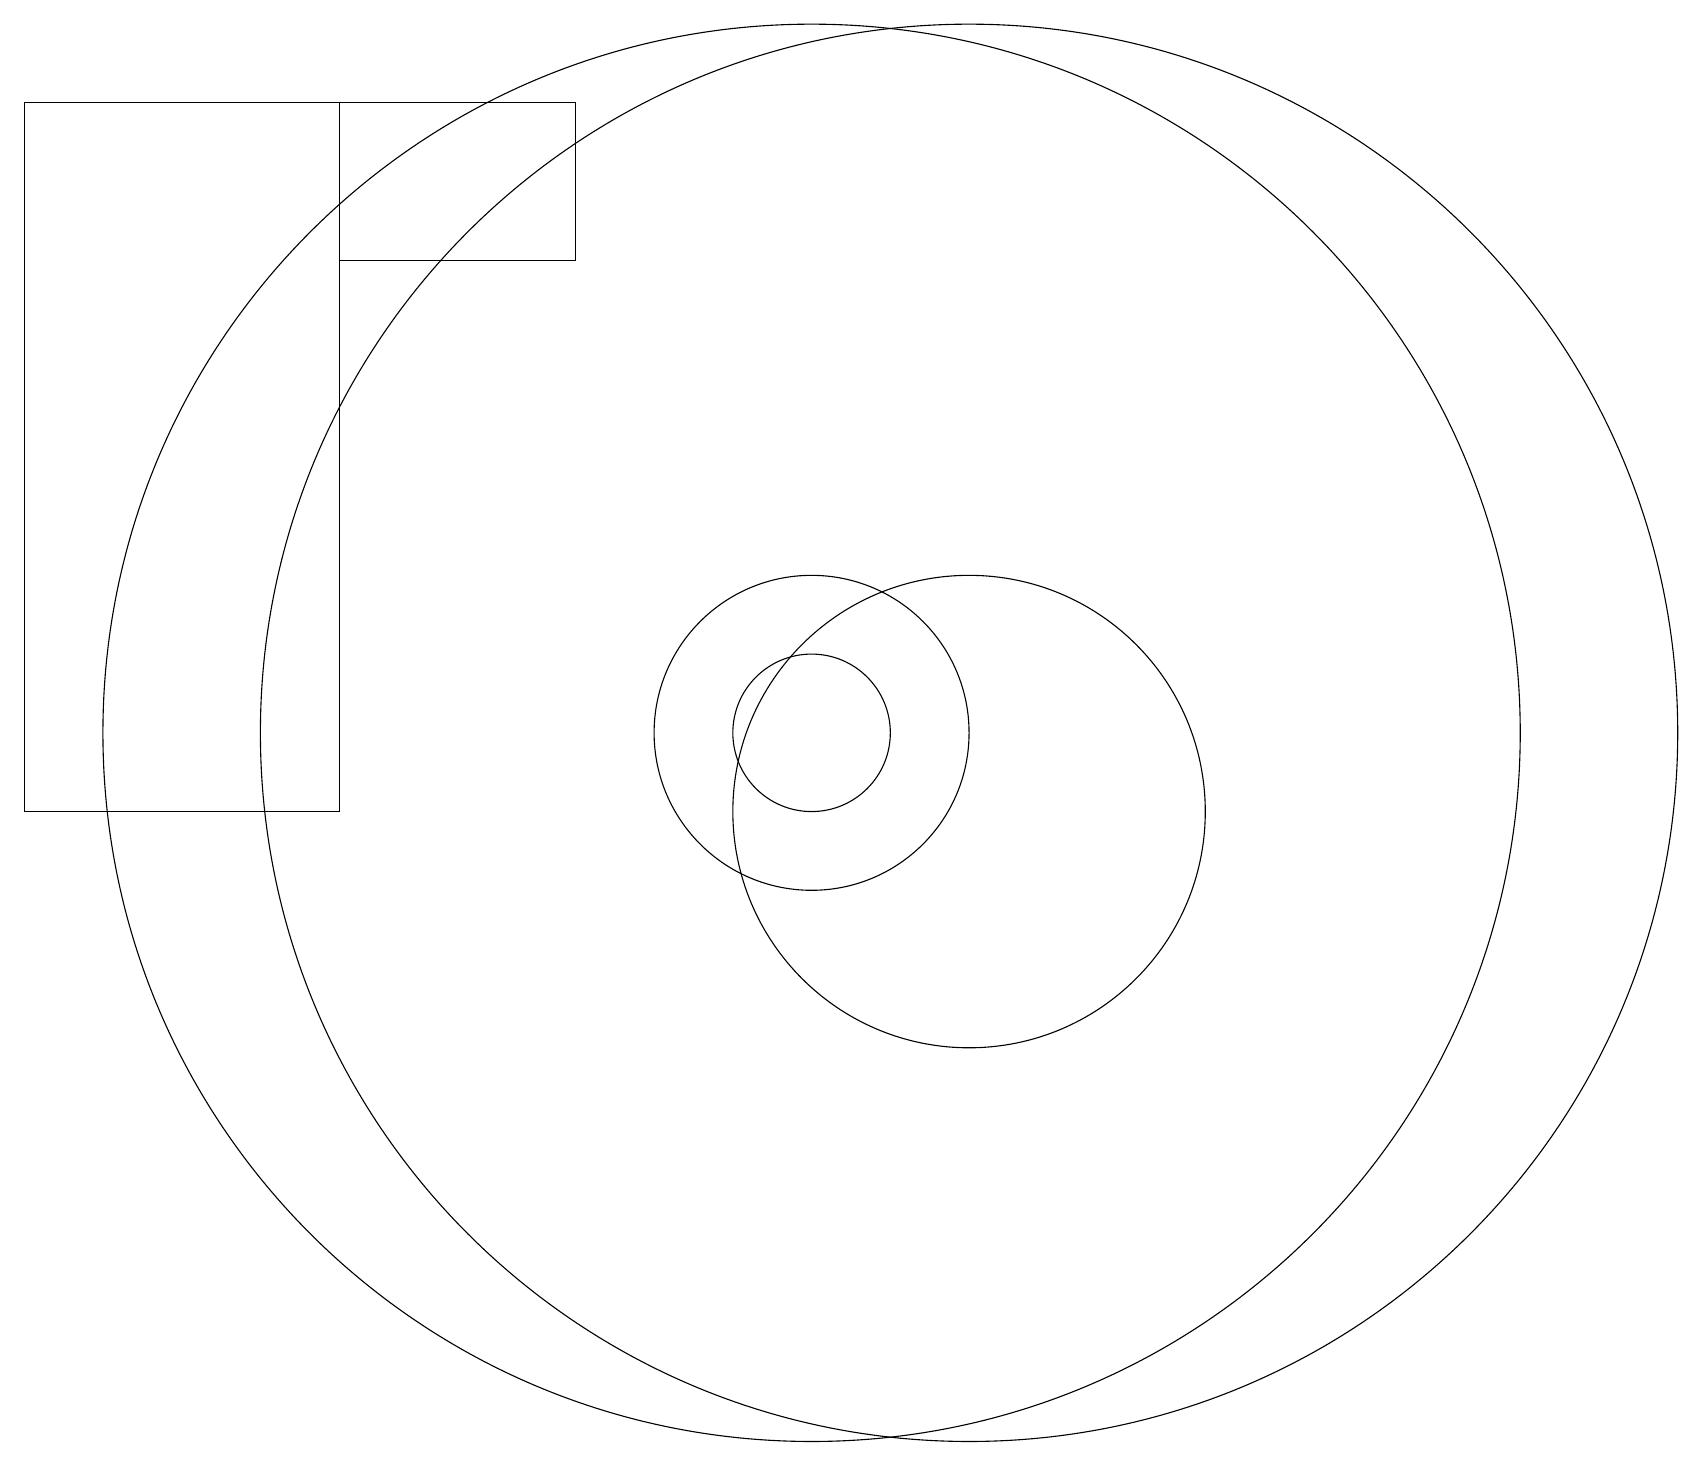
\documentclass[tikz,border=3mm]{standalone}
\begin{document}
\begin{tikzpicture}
\draw (12,11) circle (9);
\draw (10,11) circle (2);
\draw (10,11) circle (9);
\draw (12,10) circle (3);
\draw (10,12) circle (0);
\draw (10,11) circle (1);
\draw (0,19) rectangle (4,10);
\draw (7,19) rectangle (4,17);
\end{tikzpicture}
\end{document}